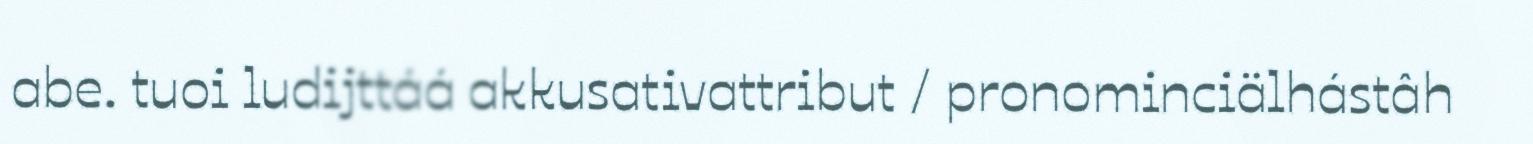
abe. tuoi ludijttáá akkusativattribut / pronominciälhástâh